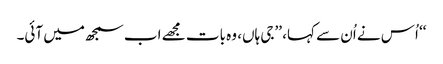
‘‘ اُس نے اُن سے کہا، ’’جی ہاں، وہ بات مجھے اب سمجھ میں آئی۔